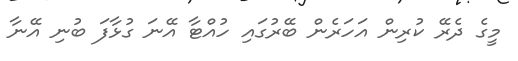
މީގެ ދެރޭ ކުރިން އަހަރެން ބޭރުގައި ހުއްޓާ އޭނަ ގުޅާފަ ބުނި އޭނާ